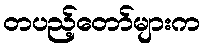
တပည့်တော်များက